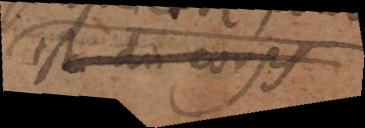
est du corps